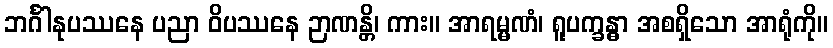
ဘင်္ဂါနုပဿနေ ပညာ ဝိပဿနေ ဉာဏန္တိ၊ ကား။ အာရမ္မဏံ၊ ရူပက္ခန္ဓာ အစရှိသော အာရုံကို။